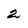
Character: 2